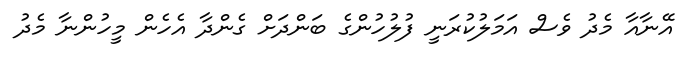
އޭނާއާ މެދު ވެސް އަމަލުކުރަނީ ފުލުހުންގެ ބަންދަށް ގެންދާ އެހެން މީހުންނާ މެދު